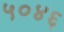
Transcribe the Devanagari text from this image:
५०४६